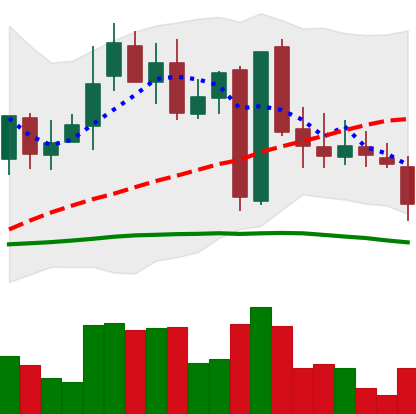
Ticker: LINK-USD
Chart end date: 2019-03-04
Forward return: 17.078%
Label: up_7plus